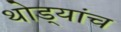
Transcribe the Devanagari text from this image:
थोड्यांच